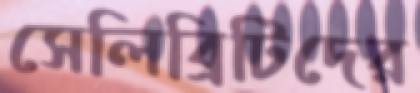
সেলিব্রিটিদের